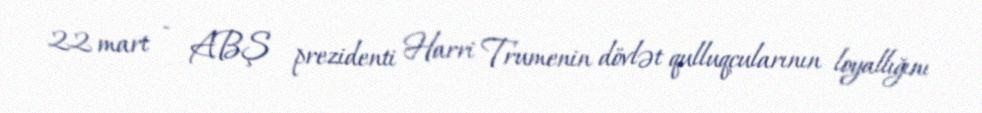
22 mart - ABŞ prezidenti Harri Trumenin dövlət qulluqçularının loyallığını